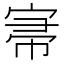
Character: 𡨦